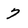
Character: 7